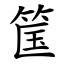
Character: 筺